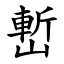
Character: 㟻